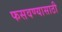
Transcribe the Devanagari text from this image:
फसवण्यासाठी